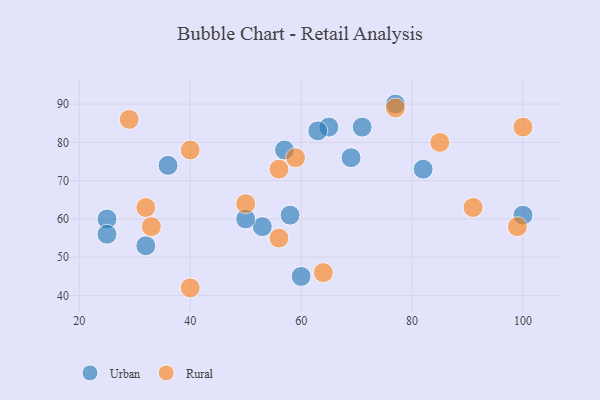
{"axis": {"x": "GDP", "y": "Life Expectancy"}, "legend": ["Rural", "Urban"], "data": [{"x": "36", "y": 74, "type": "Urban"}, {"x": "82", "y": 73, "type": "Urban"}, {"x": "57", "y": 78, "type": "Urban"}, {"x": "69", "y": 76, "type": "Urban"}, {"x": "65", "y": 84, "type": "Urban"}, {"x": "32", "y": 53, "type": "Urban"}, {"x": "25", "y": 60, "type": "Urban"}, {"x": "58", "y": 61, "type": "Urban"}, {"x": "60", "y": 45, "type": "Urban"}, {"x": "53", "y": 58, "type": "Urban"}, {"x": "25", "y": 56, "type": "Urban"}, {"x": "100", "y": 61, "type": "Urban"}, {"x": "71", "y": 84, "type": "Urban"}, {"x": "63", "y": 83, "type": "Urban"}, {"x": "50", "y": 60, "type": "Urban"}, {"x": "77", "y": 90, "type": "Urban"}, {"x": "99", "y": 58, "type": "Rural"}, {"x": "33", "y": 58, "type": "Rural"}, {"x": "32", "y": 63, "type": "Rural"}, {"x": "56", "y": 55, "type": "Rural"}, {"x": "91", "y": 63, "type": "Rural"}, {"x": "64", "y": 46, "type": "Rural"}, {"x": "56", "y": 73, "type": "Rural"}, {"x": "29", "y": 86, "type": "Rural"}, {"x": "77", "y": 89, "type": "Rural"}, {"x": "100", "y": 84, "type": "Rural"}, {"x": "40", "y": 78, "type": "Rural"}, {"x": "50", "y": 64, "type": "Rural"}, {"x": "59", "y": 76, "type": "Rural"}, {"x": "85", "y": 80, "type": "Rural"}, {"x": "40", "y": 42, "type": "Rural"}]}